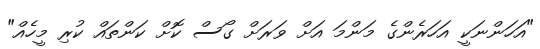
"އަހަންނަކީ އަހަރެންގެ މަންމަ އަށް ވަރަށް ގޯސް ކޮށް ކަންތައް ކުރި މީހެއް"